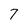
Character: 7